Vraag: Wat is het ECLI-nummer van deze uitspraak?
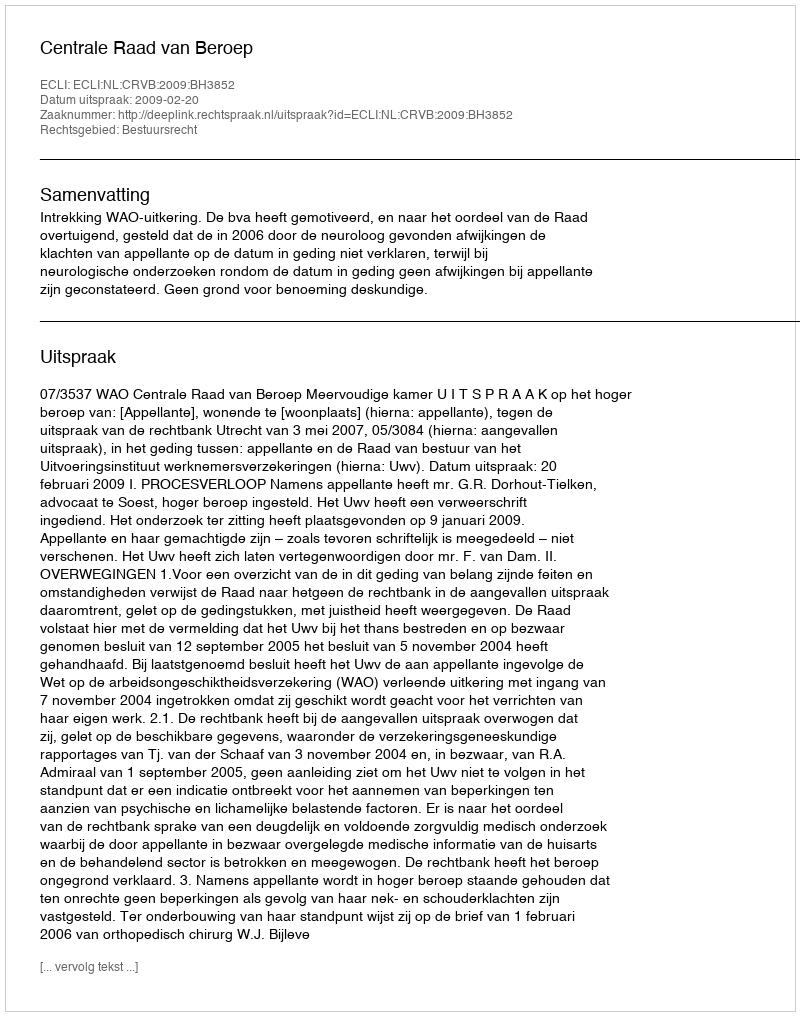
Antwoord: ECLI:NL:CRVB:2009:BH3852